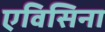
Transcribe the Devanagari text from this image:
एविसिना